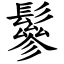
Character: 鬖